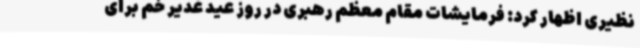
نظیری اظهار کرد: فرمایشات مقام معظم رهبری در روز عید غدیر خم برای